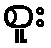
စူး